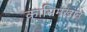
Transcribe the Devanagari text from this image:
कासिमखान